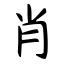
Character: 肖